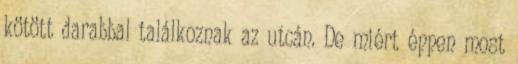
kötött darabbal találkoznak az utcán. De miért éppen most